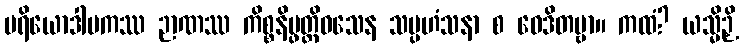
ပရိယောဒါပကဿ ဉာဏဿ ကိစ္စနိပ္ဖတ္တိဝသေန သမ္ပဟံသနာ စ ဝေဒိတဗ္ဗာ။ ကထံ? ယသ္မိဉှိ